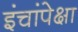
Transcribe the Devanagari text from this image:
इंचांपेक्षा